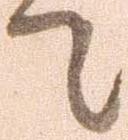
て